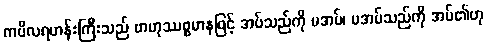
ကပိလရဟန်းကြီးသည် ဗာဟုဿစ္စမာနဖြင့် အပ်သည်ကို မအပ်၊ မအပ်သည်ကို အပ်၏ဟု